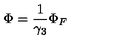
\Phi = \frac { 1 } { \gamma _ { 3 } } \Phi _ { F }